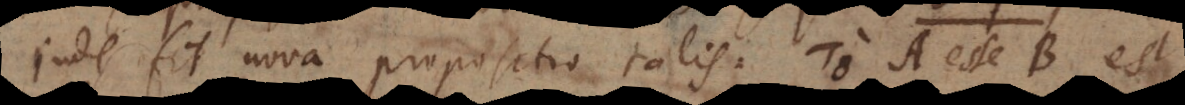
inde fit nova propositio talis: το A esse B est